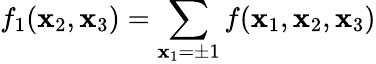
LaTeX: f_{1}(\mathbf{x}_{2},\mathbf{x}_{3})=\sum_{\mathbf{x}_{1}=\pm1}f(\mathbf{x}_{1},\mathbf{x}_{2},\mathbf{x}_{3})